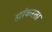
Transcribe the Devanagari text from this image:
ह्यांकरता